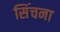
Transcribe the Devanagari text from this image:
सिंचना